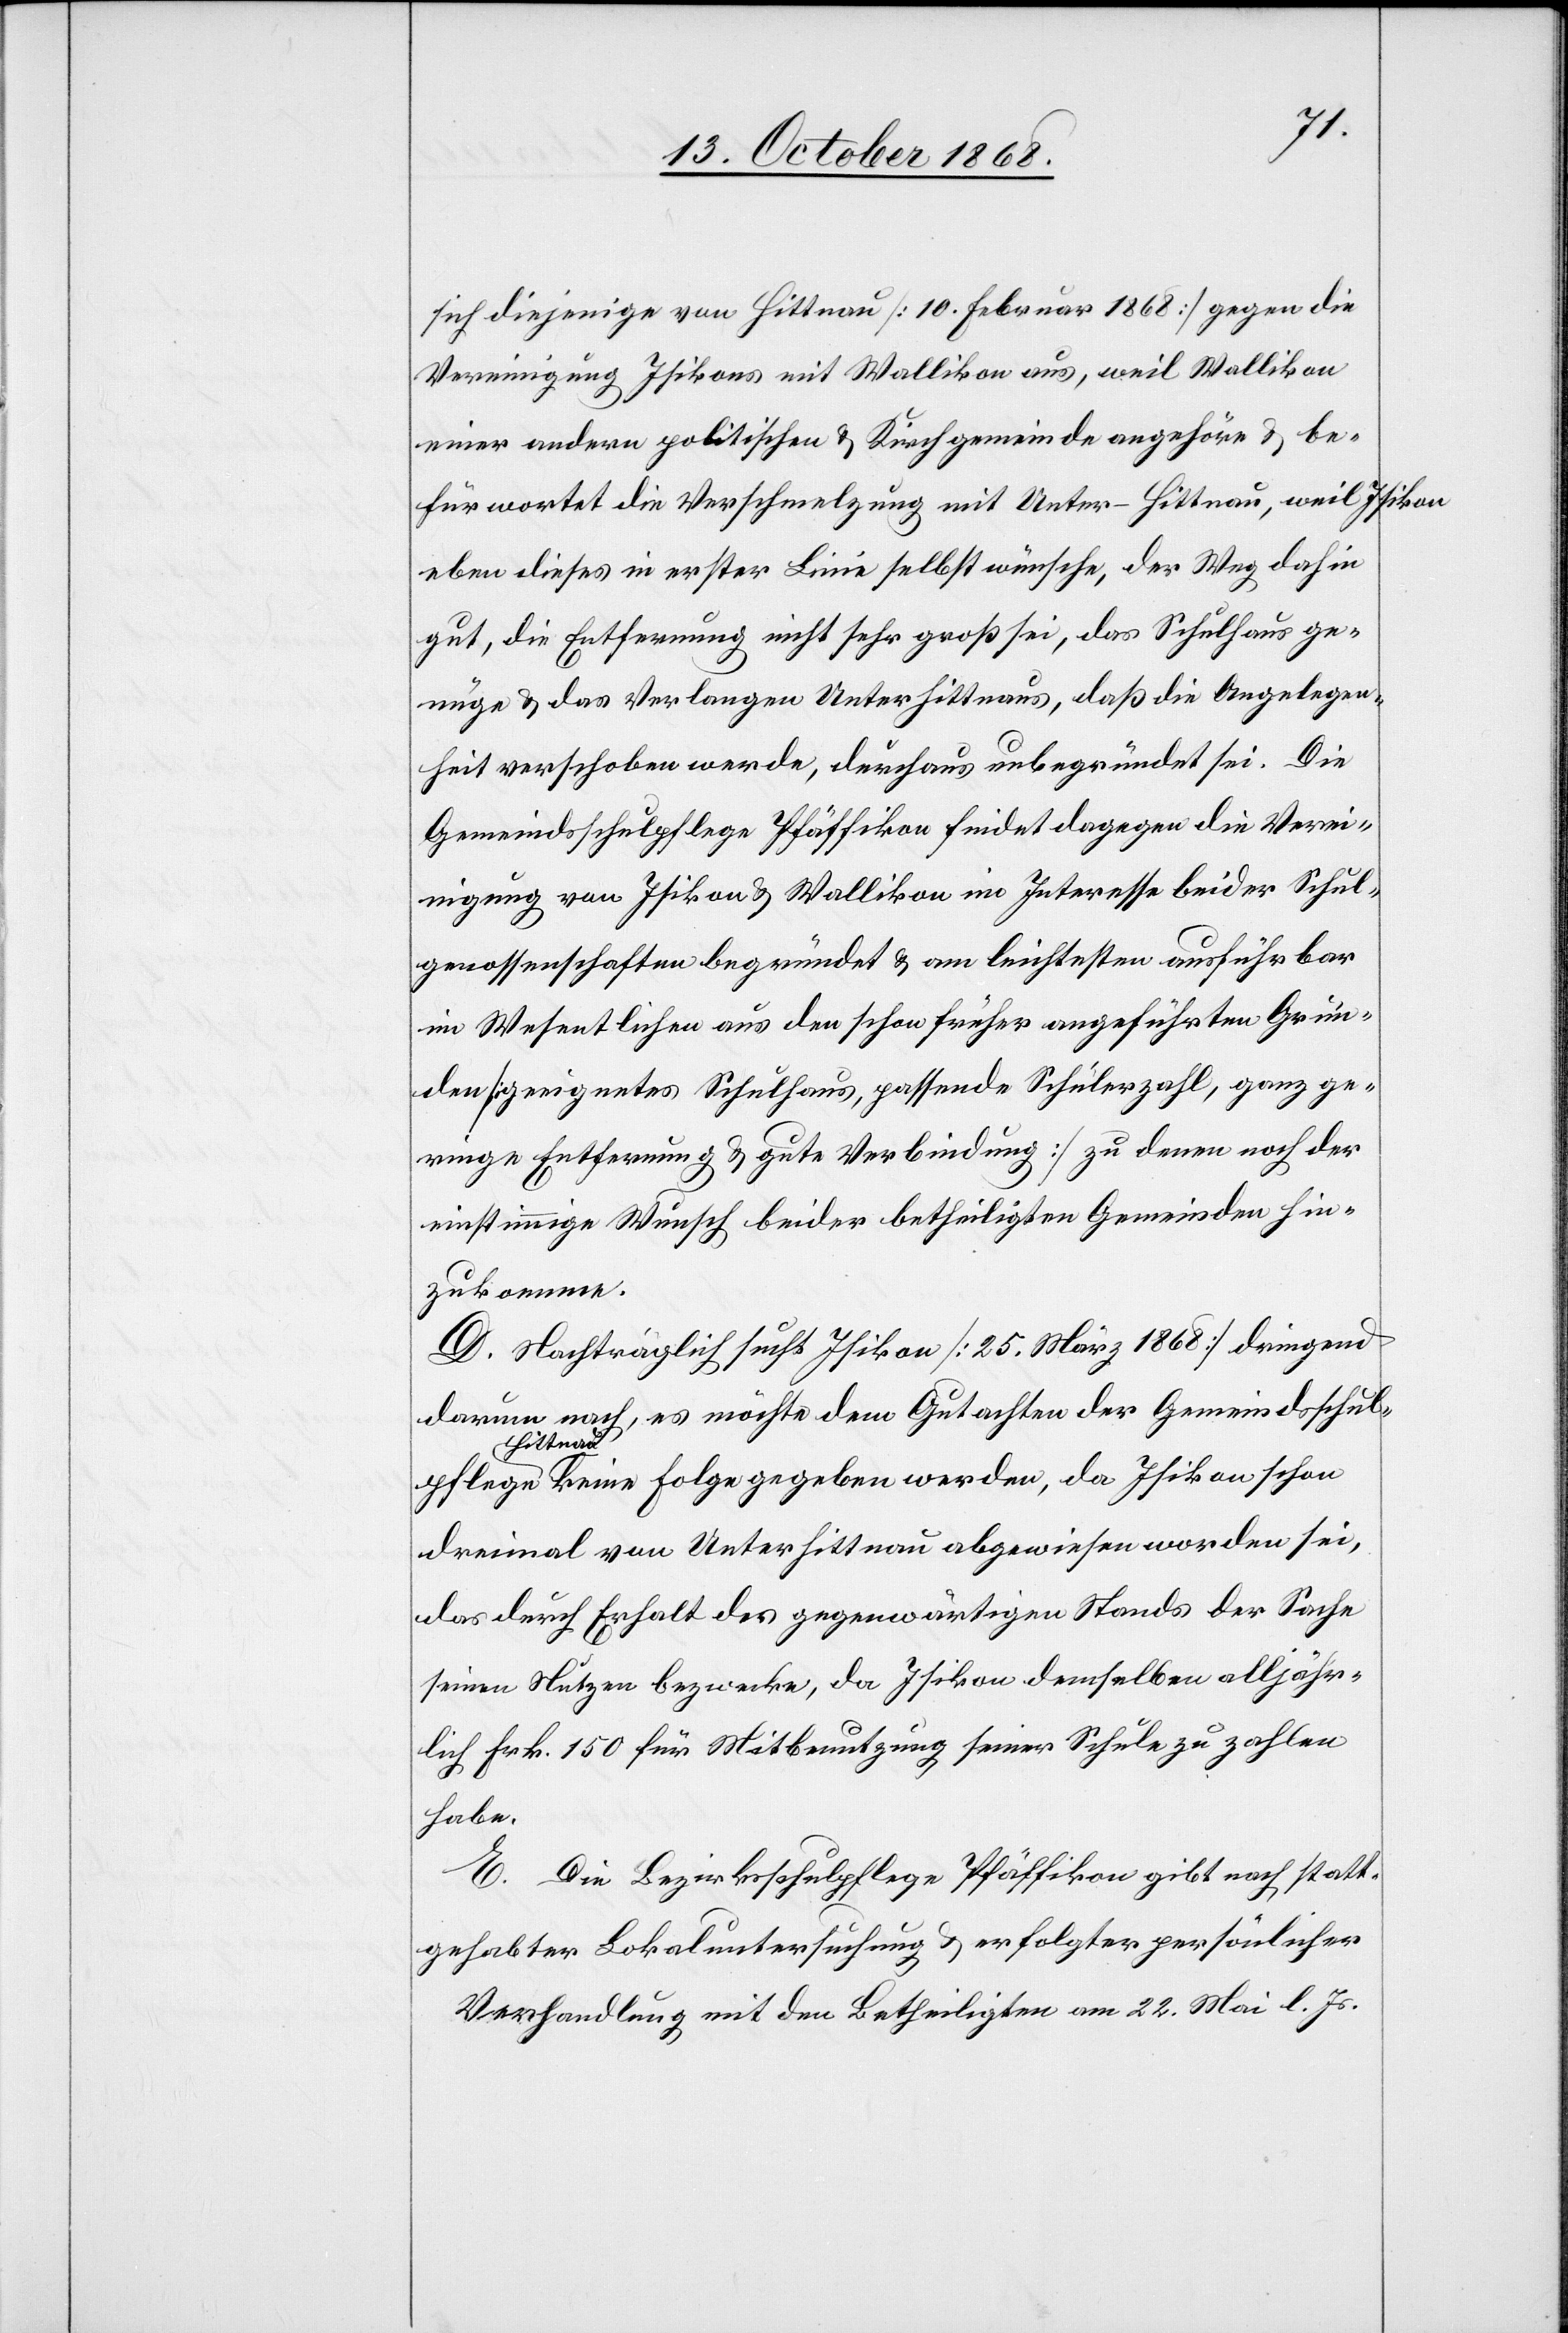
pflege
sich diejenige von Hittnau [10. Februar 1868] gegen die
Vereinigung Isikons mit Wallikon aus, weil Wallikon
einer andern politischen & Kirchgemeinde angehöre & be¬
fürwortet die Verschmelzung mit Unter-Hittnau, weil Isikon
eben dieses in erster Linie selbst wünsche, der Weg dahin
gut, die Entfernung nicht sehr groß sei, das Schulhaus ge¬
nüge & das Verlangen Unterhittnaus, daß die Angelegen¬
heit verschoben werde, durchaus unbegründet sei. Die
Gemeindsschulpflege Pfäffikon findet dagegen die Verei¬
nigung von Isikon & Wallikon im Interesse beider Schul¬
genossenschaften begründet & am leichtesten ausführbar
im Wesentlichen aus den schon früher angeführten Grün¬
den [geeignetes Schulhaus, passende Schülerzahl, ganz ge¬
ringe Entfernung & gute Verbindung] zu denen noch der
einstimmige Wunsch beider betheiligten Gemeinden hin¬
zukomme.
D. Nachträglich sucht Isikon [25. März 1868] dringend
darum nach, es möchte dem Gutachten der Gemeindsschul¬
Hittnau
dreimal von Unterhittnau abgewiesen worden sei,
das durch Erhalt des gegenwärtigen Stands der Sache
seinen Nutzen bezwecke, da Isikon demselben alljähr¬
lich Frk. 150 für Mitbenutzung seiner Schule zu zahlen
habe.
E. Die Bezirksschulpflege Pfäffikon gibt nach statt¬
gehabter Lokaluntersuchung & erfolgter persönlicher
Verhandlung mit den Betheiligten am 22. Mai l. Js.